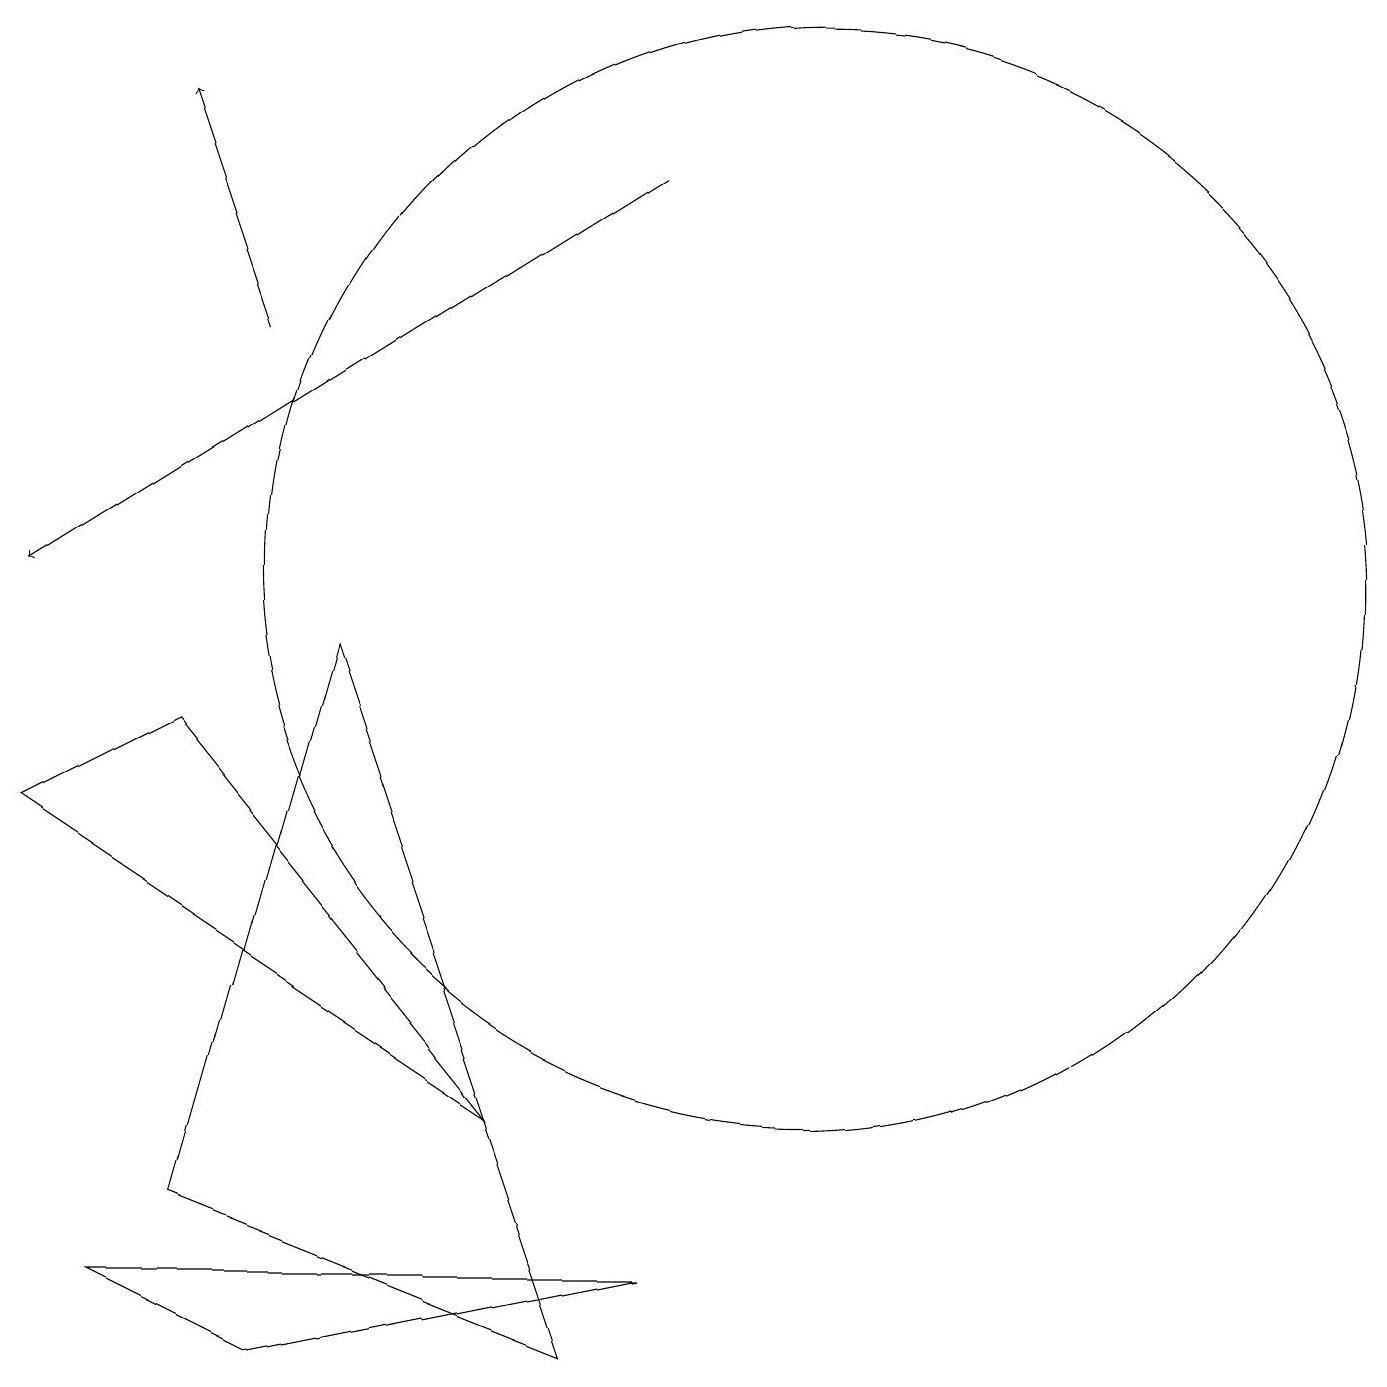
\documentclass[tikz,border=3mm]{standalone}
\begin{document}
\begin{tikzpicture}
\draw (7,0) -- (4,9) -- (2,2) -- cycle;
\draw (2,8) -- (6,3) -- (0,7) -- cycle;
\draw (10,10) circle (7);
\draw[->] (3,13) -- (2,16);
\draw (3,0) -- (8,1) -- (1,1) -- cycle;
\draw[->] (8,15) -- (0,10);
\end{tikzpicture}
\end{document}